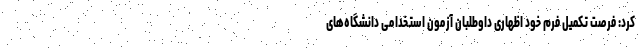
کرد: فرصت تکمیل فرم خود اظهاری داوطلبان آزمون استخدامی دانشگاه‌های